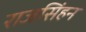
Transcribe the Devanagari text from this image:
राजसिंहन